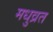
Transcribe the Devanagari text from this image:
मधुव्रत